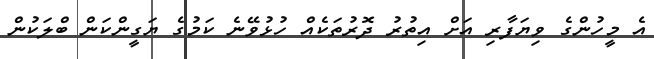
އެ މީހުންގެ ވިޔަފާރި އަށް އިތުރު ދޮރުތަކެއް ހުޅުވޭނެ ކަމުގެ ޔަގީންކަން ބްލަކުން